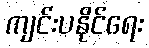
ကျင်းပနိုင်ရေး